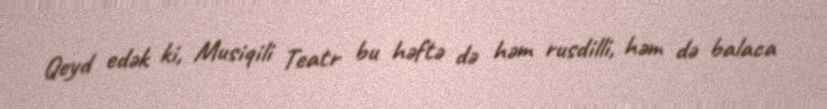
Qeyd edək ki, Musiqili Teatr bu həftə də həm rusdilli, həm də balaca